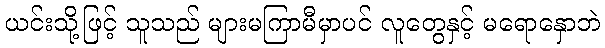
ယင်းသို့ဖြင့် သူသည် များမကြာမီမှာပင် လူတွေနှင့် မရောနှောဘဲ